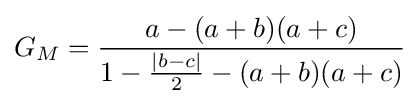
G_{M}={\frac {a-(a+b)(a+c)}{1-{\frac {|b-c|}{2}}-(a+b)(a+c)}}